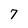
Character: 7